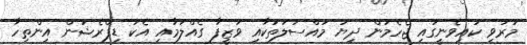
މަރުވި ކައިވެނީގައި ޖެހެމުން ދިޔަ މައްސަލަތަކާއި ވަޒީފާ ގެއްލުމާއި އެކު ޑިޕްރެޝަން އިންތިހާ